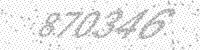
Solution: 870346